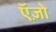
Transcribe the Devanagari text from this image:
ऍज़ो